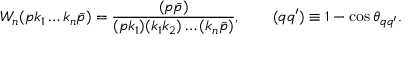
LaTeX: W _ { n } ( p k _ { 1 } \ldots k _ { n } \bar { p } ) = \frac { ( p \bar { p } ) } { ( p k _ { 1 } ) ( k _ { 1 } k _ { 2 } ) \ldots ( k _ { n } \bar { p } ) } , \qquad ( q q ^ { \prime } ) \equiv 1 - \cos \theta _ { q q ^ { \prime } } .